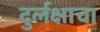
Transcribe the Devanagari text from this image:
दुर्लक्षाचा